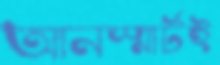
আনস্মার্টই